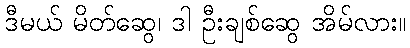
ဒီမယ် မိတ်ဆွေ၊ ဒါ ဦးချစ်ဆွေ အိမ်လား။